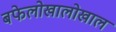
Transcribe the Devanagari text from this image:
बफेलोखालोखाल